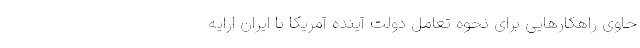
حاوی راهکارهایی برای نحوه تعامل دولت آینده آمریکا با ایران ارایه